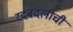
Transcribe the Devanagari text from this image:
रदबदलीची